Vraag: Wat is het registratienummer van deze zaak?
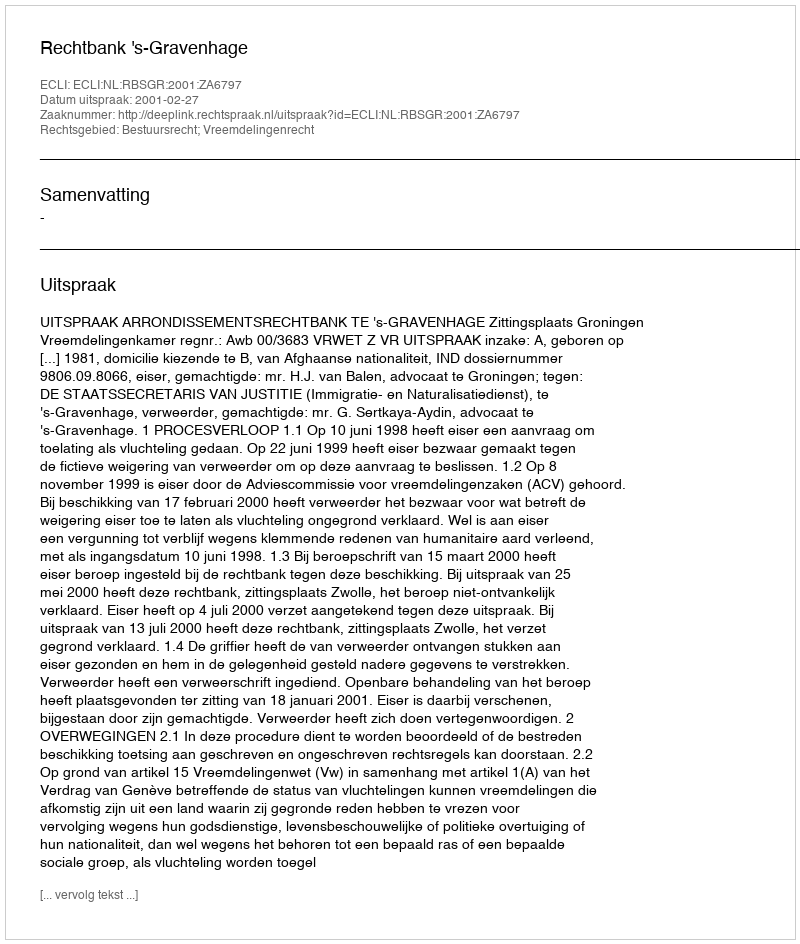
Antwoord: http://deeplink.rechtspraak.nl/uitspraak?id=ECLI:NL:RBSGR:2001:ZA6797